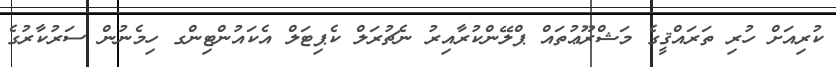
ކުރިއަށް ހުރި ތަރައްޤީގެ މަޝްރޫޢުތައް ޕްލޭންކުރާއިރު ނެޗުރަލް ކެޕިޓަލް އެކައުންޓިންގ ހިމެނުން ސަރުކާރުގެ